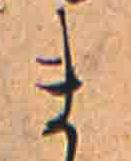
ま